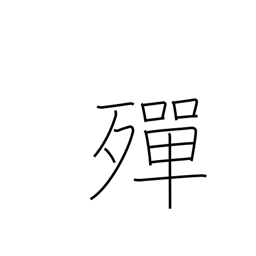
Meaning: become exhausted